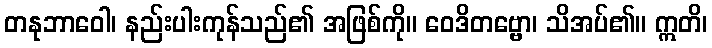
တနုဘာဝေါ၊ နည်းပါးကုန်သည်၏ အဖြစ်ကို။ ဝေဒိတဗ္ဗော၊ သိအပ်၏။ ဣတိ၊